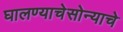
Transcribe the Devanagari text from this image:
घालण्याचेसोन्याचे